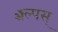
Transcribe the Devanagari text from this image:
ॲल्पस्